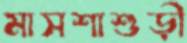
মাসশাশুড়ী